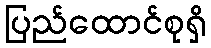
ပြည်ထောင်စုရှိ